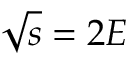
{ \sqrt { s } } = 2 E